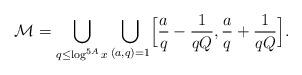
LaTeX: \begin{align*}\mathcal{M}=\bigcup_{q\le \log^{5A}{x}}\bigcup_{(a,q)=1}\Bigl[\frac{a}{q}-\frac{1}{q Q},\frac{a}{q}+\frac{1}{q Q}\Bigr].\end{align*}